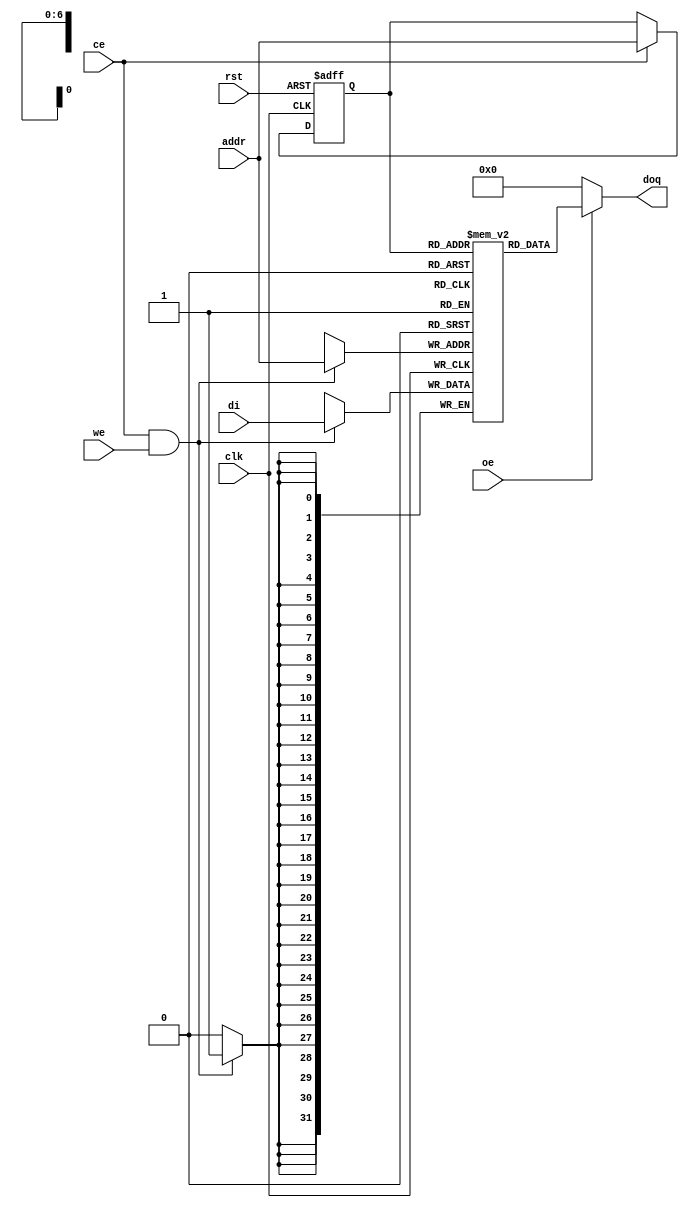
module or1200_spram_128x32(
`ifdef OR1200_BIST
	// RAM BIST
	mbist_si_i, mbist_so_o, mbist_ctrl_i,
`endif
	// Generic synchronous single-port RAM interface
	clk, rst, ce, we, oe, addr, di, doq
);

//
// Default address and data buses width
//
parameter aw = 7;
parameter dw = 32;

`ifdef OR1200_BIST
//
// RAM BIST
//
input mbist_si_i;
input [`OR1200_MBIST_CTRL_WIDTH - 1:0] mbist_ctrl_i;
output mbist_so_o;
`endif

//
// Generic synchronous single-port RAM interface
//
input			clk;	// Clock
input			rst;	// Reset
input			ce;	// Chip enable input
input			we;	// Write enable input
input			oe;	// Output enable input
input 	[aw-1:0]	addr;	// address bus inputs
input	[dw-1:0]	di;	// input data bus
output	[dw-1:0]	doq;	// output data bus

//
// Internal wires and registers
//

`ifdef OR1200_ARTISAN_SSP
`else
`ifdef OR1200_VIRTUALSILICON_SSP
`else
`ifdef OR1200_BIST
`endif
`endif
`endif

`ifdef OR1200_ARTISAN_SSP

//
// Instantiation of ASIC memory:
//
// Artisan Synchronous Single-Port RAM (ra1sh)
//
`ifdef UNUSED
`else
`ifdef OR1200_BIST
`else
`endif
`endif
`ifdef OR1200_BIST
`endif
`else

`ifdef OR1200_AVANT_ATP

//
// Instantiation of ASIC memory:
//
// Avant! Asynchronous Two-Port RAM
//

`else

`ifdef OR1200_VIRAGE_SSP

//
// Instantiation of ASIC memory:
//
// Virage Synchronous 1-port R/W RAM
//

`else

`ifdef OR1200_VIRTUALSILICON_SSP

//
// Instantiation of ASIC memory:
//
// Virtual Silicon Single-Port Synchronous SRAM
//
`ifdef UNUSED
`else
`ifdef OR1200_BIST
`else
`endif
`endif
`ifdef OR1200_BIST
	// RAM BIST
`endif

`else

`ifdef OR1200_XILINX_RAMB4

//
// Instantiation of FPGA memory:
//
// Virtex/Spartan2
//

//
// Block 0
//
RAMB4_S16 ramb4_s16_0(
	.CLK(clk),
	.RST(rst),
	.ADDR({1'b0, addr}),
	.DI(di[15:0]),
	.EN(ce),
	.WE(we),
	.DO(doq[15:0])
);

//
// Block 1
//
RAMB4_S16 ramb4_s16_1(
	.CLK(clk),
	.RST(rst),
	.ADDR({1'b0, addr}),
	.DI(di[31:16]),
	.EN(ce),
	.WE(we),
	.DO(doq[31:16])
);

`else

`ifdef OR1200_ALTERA_LPM

//
// Instantiation of FPGA memory:
//
// Altera LPM
//
// Added By Jamil Khatib
//


`else

//
// Generic single-port synchronous RAM model
//

//
// Generic RAM's registers and wires
//
reg	[dw-1:0]	mem [(1<<aw)-1:0];	// RAM content
reg	[aw-1:0]	addr_reg;		// RAM address register

//
// Data output drivers
//
assign doq = (oe) ? mem[addr_reg] : {dw{1'b0}};

//
// RAM address register
//
always @(posedge clk or posedge rst)
	if (rst)
		addr_reg <= #1 {aw{1'b0}};
	else if (ce)
		addr_reg <= #1 addr;

//
// RAM write
//
always @(posedge clk)
	if (ce && we)
		mem[addr] <= #1 di;

`endif	// !OR1200_ALTERA_LPM
`endif	// !OR1200_XILINX_RAMB4_S16
`endif	// !OR1200_VIRTUALSILICON_SSP
`endif	// !OR1200_VIRAGE_SSP
`endif  // !OR1200_AVANT_ATP
`endif	// !OR1200_ARTISAN_SSP

endmodule